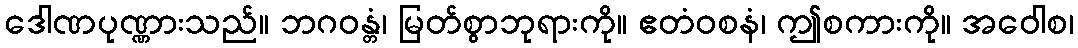
ဒေါဏပုဏ္ဏားသည်။ ဘဂဝန္တံ၊ မြတ်စွာဘုရားကို။ ဧတံဝစနံ၊ ဤစကားကို။ အဝေါစ၊